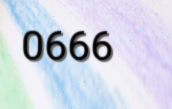
0666